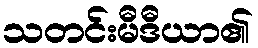
သတင်းမီဒီယာ၏